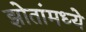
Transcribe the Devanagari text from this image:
झोतांमध्ये